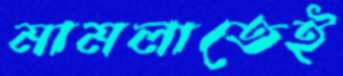
মামলাতেই